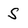
Character: s